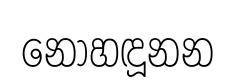
නොහඳූනන